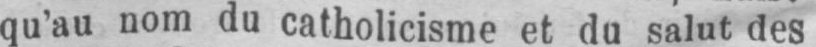
qu’au nom du catholicisme et du salut des